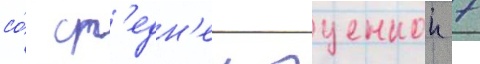
со́ ср'едн'еи оценкои 7